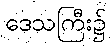
ဒေသကြီး၌